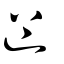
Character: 𨑗